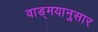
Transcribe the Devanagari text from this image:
वाड्मयानुसार